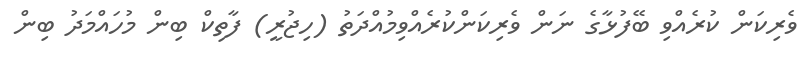
ވެރިކަން ކުރެއްވި ބޭފުޅާގެ ނަން ވެރިކަންކުރެއްވިމުއްދަތު (ހިޖުރީ) ފާތިކް ބިން މުހައްމަދު ބިން